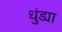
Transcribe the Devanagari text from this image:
धुंड्या